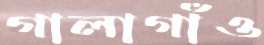
গালাগাঁও